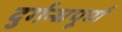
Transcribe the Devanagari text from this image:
दुर्गन्धपूर्ण